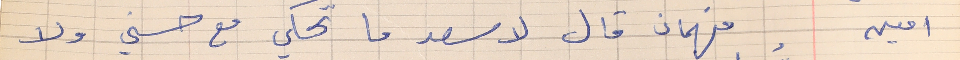
امين       فهمان قال لاسعد ما تحكي مع حسني ولا